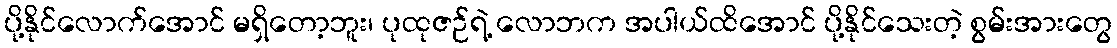
ပို့နိုင်လောက်အောင် မရှိတော့ဘူး၊ ပုထုဇဉ်ရဲ့ လောဘက အပါယ်ထိအောင် ပို့နိုင်သေးတဲ့ စွမ်းအားတွေ